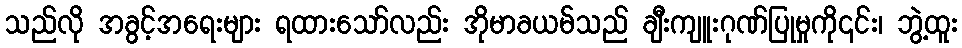
သည်လို အခွင့်အရေးများ ရထားသော်လည်း အိုမာခယမ်သည် ချီးကျူးဂုဏ်ပြုမှုကို၎င်း၊ ဘွဲ့ထူး